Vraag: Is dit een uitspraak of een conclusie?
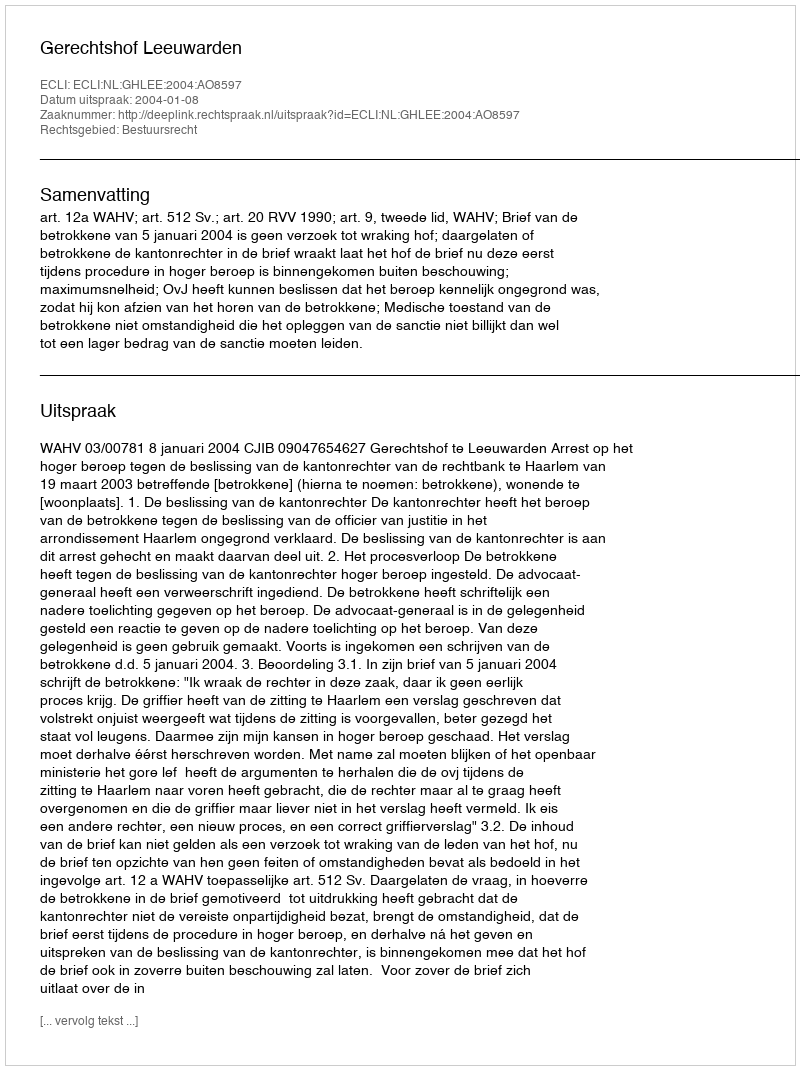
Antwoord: Uitspraak